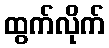
ထွက်လိုက်